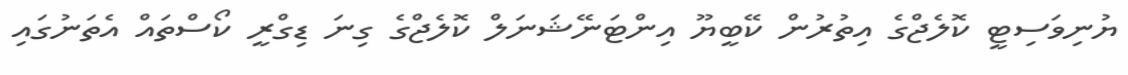
ޔުނިވަސިޓީ ކޮލެޖްގެ އިތުރުން ކޭބީޔޫ އިންޓަނޭޝަނަލް ކޮލެޖްގެ ގިނަ ޑިގްރީ ކޯސްތައް އެތަނުގައި